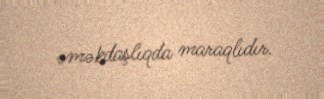
əməkdaşlıqda maraqlıdır.